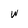
Character: w